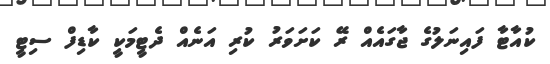
ކުއާޓާ ފައިނަލުގެ ޖާގައެއް ރޭ ކަށަވަރު ކުރި އަނެއް ދެޓީމަކީ ކާޑިފް ސިޓީ